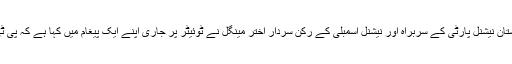
دی بلوچستان پوسٹ سوشل میڈیا رپوٹر کے مطابق بلوچستان نیشنل پارٹی کے سربراہ اور نیشنل اسمبلی کے رکن سردار اختر مینگل نے ٹوئیٹر پر جاری اپنے ایک پیغام میں کہا ہے کہ پی ٹی ایم کے کارکنان اور رہنماؤں پر حملہ قابل مذمت ہے ۔